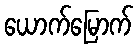
ယောက်မြောက်